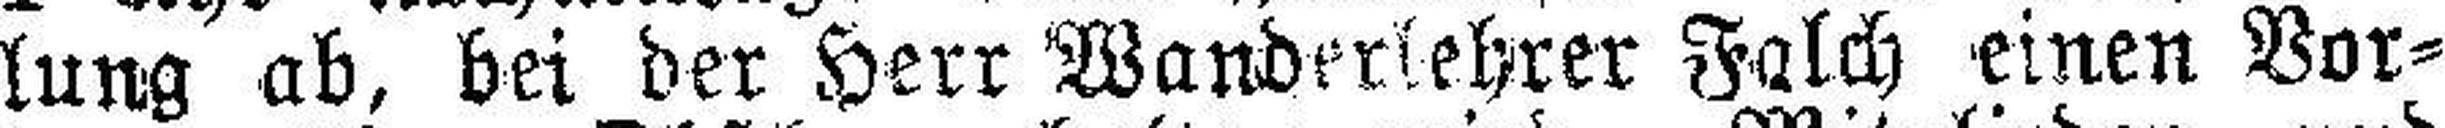
lung ab, bei der Herr Wanderlehrer Falch einen Vor¬